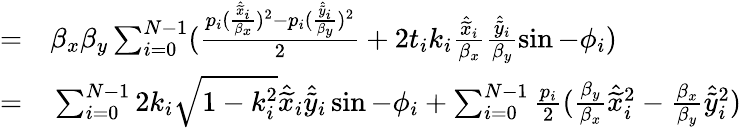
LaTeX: \begin{array}{rl}{=}&{{}\beta_{x}\beta_{y}\sum_{i=0}^{N-1}(\frac{p_{i}(\frac{\hat{\widetilde{x}}_{i}}{\beta_{x}})^{2}-p_{i}(\frac{\hat{\widetilde{y}}_{i}}{\beta_{y}})^{2}}{2}+2t_{i}k_{i}\frac{\hat{\widetilde{x}}_{i}}{\beta_{x}}\frac{\hat{\widetilde{y}}_{i}}{\beta_{y}}\sin-\phi_{i})}\\ {=}&{{}\sum_{i=0}^{N-1}2k_{i}\sqrt{1-k_{i}^{2}}\hat{\widetilde{x}}_{i}\hat{\widetilde{y}}_{i}\sin-\phi_{i}+\sum_{i=0}^{N-1}\frac{p_{i}}{2}(\frac{\beta_{y}}{\beta_{x}}\hat{\widetilde{x}}_{i}^{2}-\frac{\beta_{x}}{\beta_{y}}\hat{\widetilde{y}}_{i}^{2})}\end{array}